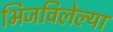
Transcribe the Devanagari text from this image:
भिजविलेल्या